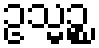
ဥသ္မဉ္စ